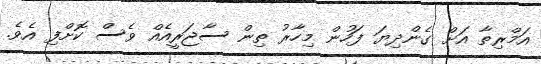
އަމްރިތާ އަށް ގެންދިޔަ ފަހުން މިހާރު ތިން ސާޖަރީއެއް ވެސް ކޮށްފި އެވެ.